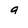
Character: 9